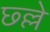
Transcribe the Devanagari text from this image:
छ्ल्ले